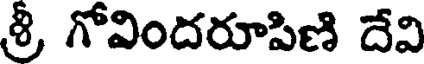
శ్రీ గోవిందరూపిణి దేవి